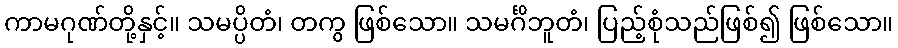
ကာမဂုဏ်တို့နှင့်။ သမပ္ပိတံ၊ တကွ ဖြစ်သော။ သမင်္ဂိဘူတံ၊ ပြည့်စုံသည်ဖြစ်၍ ဖြစ်သော။